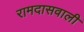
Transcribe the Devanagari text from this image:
रामदासवाली